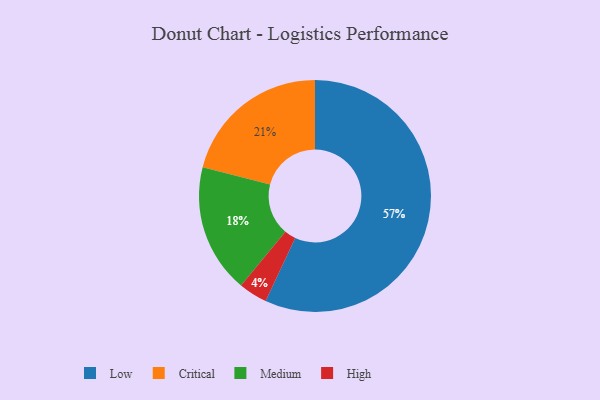
{"axis": {"x": "Category", "y": "Percentage"}, "legend": ["Critical", "High", "Low", "Medium"], "data": [{"x": "Low", "y": 57, "type": "Low"}, {"x": "Medium", "y": 18, "type": "Medium"}, {"x": "High", "y": 4, "type": "High"}, {"x": "Critical", "y": 21, "type": "Critical"}]}